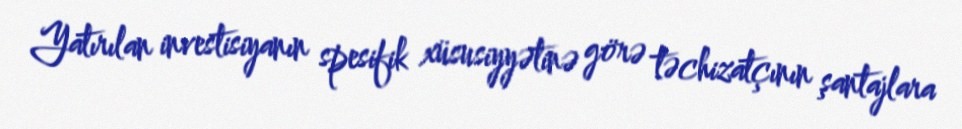
Yatırılan investisiyanın spesifik xüsusiyyətinə görə təchizatçının şantajlara